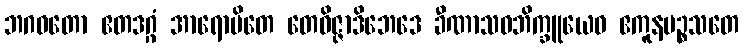
ဘဂဝတော ဧတဒဂ္ဂံ အာရောပိတေ တေဝိဇ္ဇာဒိဘေဒေ ခီဏာသဝဘိက္ခူယေဝ ဧကူနပဉ္စသတေ